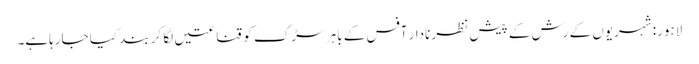
لاہور: شہریوں کے رش کے پیش نظر نادار آفس کے باہر سڑک کو قناعتیں لگا کر بند کیا جارہاہے۔